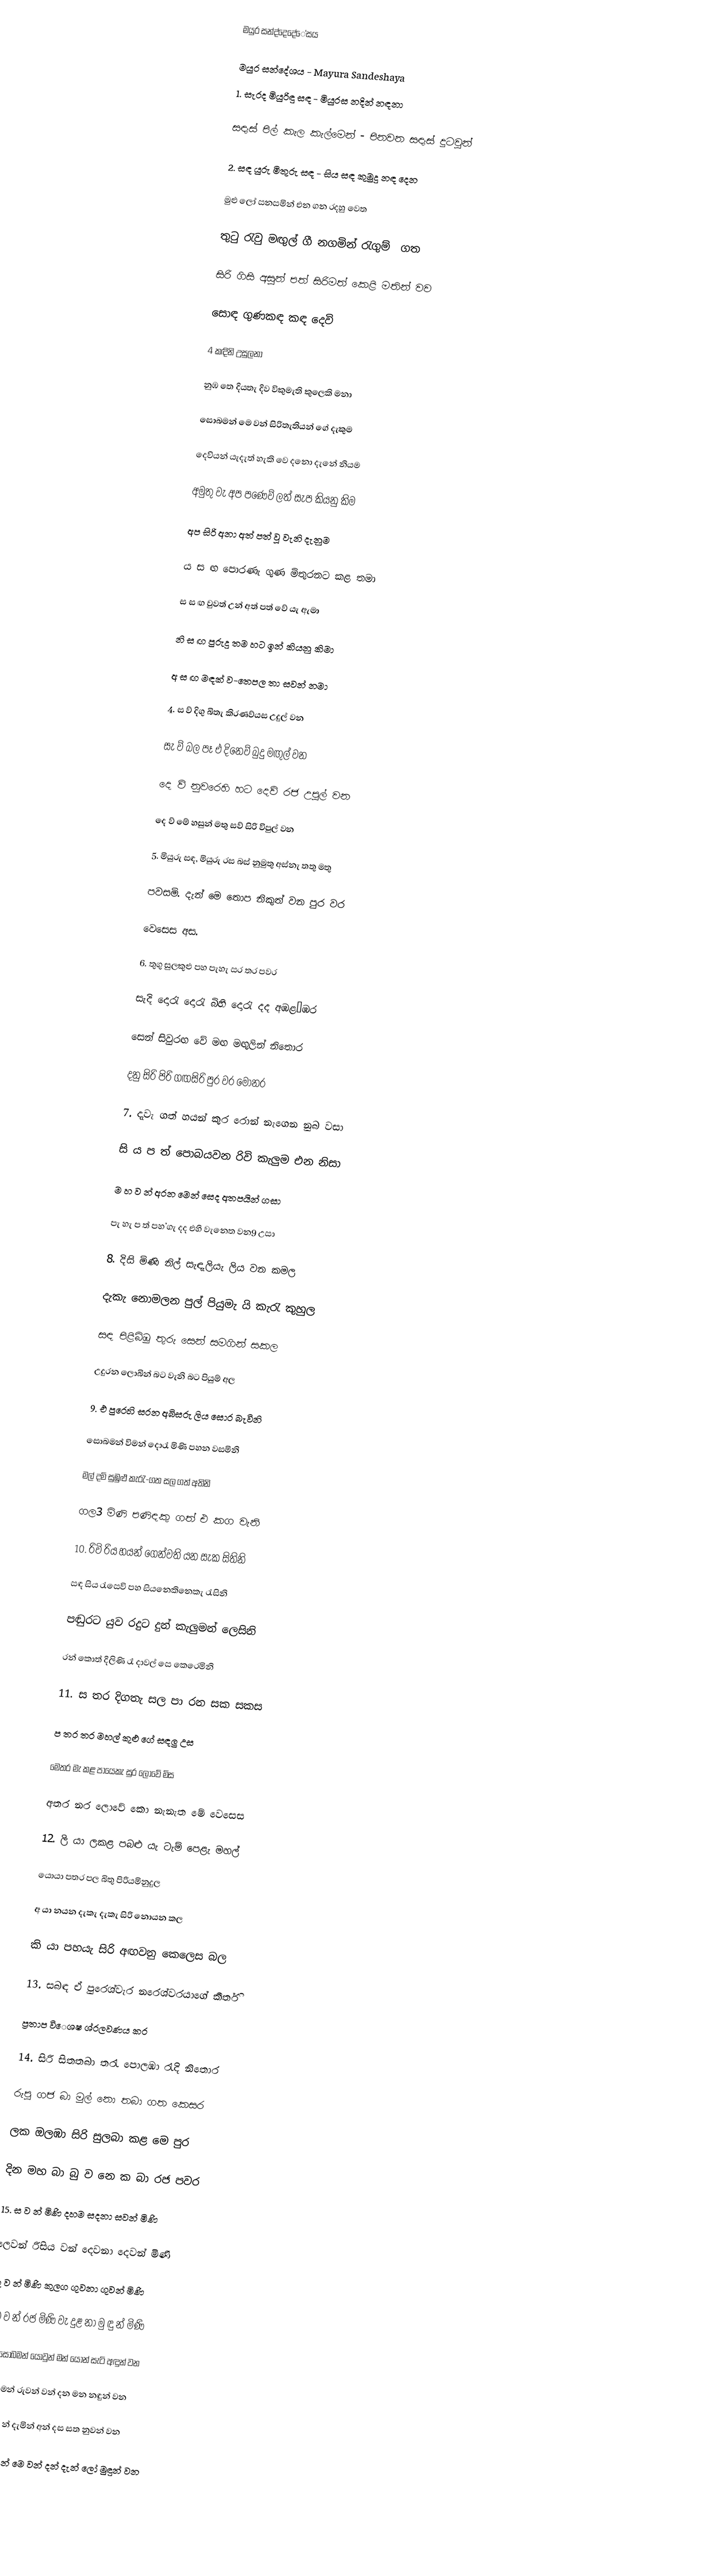
මයුර  සන්ද්දෙදේේසය

මයුර සන්දේශය - Mayura Sandeshaya
1. සැරද මියුරිඳු සඳ - මියුරස නදින් නඳනා

සඳැස් පිල් කැල කැල්මෙන් - පිනවන සඳැස් දුටවුන්

2. සඳ යුරු මිතුරු සඳ - සිය සඳ කුමුදු නඳ දෙන

මුළු ලෝ සනසමින් එන ගන රදහු වෙත

තුටු රැවු මඟුල් ගී නගමින් රැගුම් ‍ ගත

සිරි ගිසි අසුන් පත් සිරිමත් කෙළි මතින් වව

සොඳ ගුණකඳ කඳ දෙවි

4 කඳිනි උසුලනා

නුඹ තෙ දියතැ දිව විකුමැති කුලෙකි මනා

සොබමන් මෙ වන් සිරිතැතියන් ගේ දැකුම

දෙව‍ියන් යැදැත් හැකි වෙ දනො දැනේ නියම

අමුතු වැ අප පණෙව් ලත් සැප කියනු කිම

අප සිරි අනා අත් පත් වූ වැනි දැනුම

ය ස ඟ පොරණැ ගුණ මිතුරනට කළ තමා

ස ස ඟ වුවත් උන් අත් පත් වේ යැ ඇමා

නි ස ඟ පුරුදු තම හට ඉන් කියනු කිමා

අ ස ඟ මඳක් ව-තෙපල තා සවන් නමා

4. ස ව් දිගු බිතැ කිරණව්යස උදුල් වන

සැ ව් බල පෑ එ දිනෙව් බුදු මඟුල් වන

දෙ ව් නුවරෙහි හට දෙව් රජ උපුල් වන

දෙ ව් මේ හසුන් මතු සව් සිරි විපුල් වන

5. මියුරු සඳ, මියුරු රස බස් නුමුතු අස්නැ තතු මතු

පවසමි. දැන් මෙ තොප නිකුත් වන පුර වර

වෙසෙස අස.

6. තුගු සුලකුළු පහ පැහැ සර තර පවර

සැදි දොරැ දොරැ බිහි දොරැ දද අඹළ’ඹර

සෙන් සිවුරඟ වේ මඟ මඟුලින් නිතොර

දනු සිරි පිරි ගඟසිරි පුර වර මොනර

7. දැවැ ගත් හයන් කුර රොන් නැගෙන නුබ වසා

සි ය ප ත් පොබයවන රිවි කැලුම එන නිසා

ම හ ව න් අරන මෙන් සෙද අතපයින් ගසා

පැ හැ ප ත් පහ’ගැ දද එහි වැනෙත වන9 උසා

8. දිසි මිණි නිල් සැඳැලියැ ලිය වන කමල

දැකැ නොමලන පුල් පියුමැ යි කැරැ කුහුල

සඳ පිළිබිඹු තුරු සෙන් සමගින් සකල

උදුරන ලොබින් බට වැනි බට පියුම් අල

9. එ පුරෙහි සරන අබිසරු ලිය සොර බැ‍විනි

සොබමන් විමන් දොරැ මිණි පහන වසමිනි

මල් දමි සුඹුළු කැරැ-ගත සල ගත් අතිනි

ගල3 මිණි පණිඳකු ගත් එ කග වැනි

10. රි‍වි රිය හයන් ගෙන්වති යන සැක සිතිනි

සඳ සිය රැසෙවි පහ සියනෙකිනෙකැ රැසිනි

පඬුරට යුව රදුට දුන් කැලුමන් ලෙසිනි

රන් කොත් දිලිණි රෑ දාවල් සෙ කෙරෙමිනි

11. ස තර දිගතැ සල පා රන සක සකස

ප තර තර මහල් කුළු ගේ සඳලු උස

මෙතර මැ කළ පායෙකැ සුර ලොවේ මිස

අතර නර ලොවේ කො නැනැත මේ වෙසෙස

12. ලි යා ලකළ පබළු යැ ටැම් පෙළැ මහල්

යොයා පතර පල බිතු පිරියමිනුදුල

අ යා නයන දැකැ දැකැ සිරි නොයන  කල

කි යා පහයැ සිරි අඟවනු කෙලෙස බල

13. සබඳ ඒ පුරෙශ්වැර නරෙශ්‍වරයාගේ කීර්ති

ප්‍රතාප වි‍ෙශෂ ශ්රලවණය කර

14. සිරි සිතතබා තරැ පොලඹා රැදි නිතොර

රුපු ගජ බා මුල් නො තබා ගත කෙසර

ලක ඔලඹා සිරි සුලබා කළ මෙ පුර

දින මහ බා බු ‍ව නෙ ක බා රජ පවර

15. ස ව න් මිණි දහම සදනා සවන් මිණි

ලෙවන් රිසිය වන් දෙවනා දෙවන් මිණි

ගු ව න් මිණි කුලග ගුවනා ගුවන් මිණි

වෙ ව න් රජ මිණි වැ දුළ නා මු ඳු න් මිණි

16. ‍සොබමන් යොවුන් මන් යොන් සැටි අඳුන් වන

දෙනමන් රුවන් වන් දන මන නඳුන් වන

ඉ සු රි න් දැමින් අන් දස සත නුවන් වන

නි රි ඳු න් මෙ වන් දන් දැන් ලෝ මුඳුන් වන

17. න